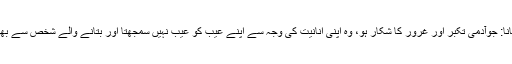
تکبر کا رکاوٹ بن جانا: جوآدمی تکبر اور غرور کا شکار ہو، وہ اپنی انانیت کی وجہ سے اپنے عیب کو عیب نہیں سمجھتا اور بتانے والے شخص سے بھی جھگڑنے لگتا ہے۔